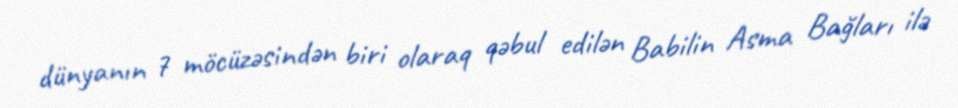
dünyanın 7 möcüzəsindən biri olaraq qəbul edilən Babilin Asma Bağları ilə